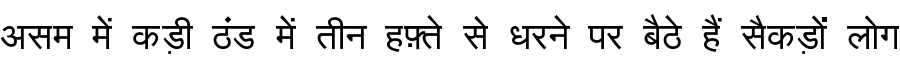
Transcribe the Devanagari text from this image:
असम में कड़ी ठंड में तीन हफ़्ते से धरने पर बैठे हैं सैकड़ों लोग